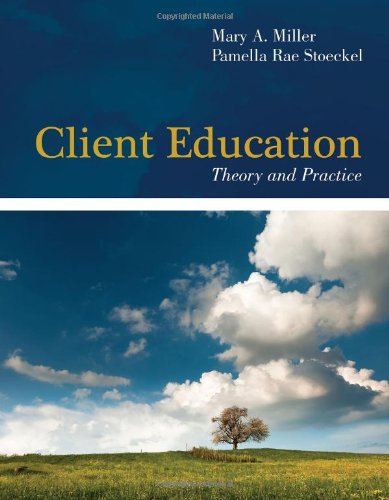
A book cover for Client Education: Theory And Practice; Mary A. Miller; Medical Books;